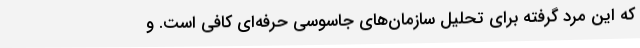
که این مرد گرفته برای تحلیل سازمان‌های جاسوسی حرفه‌ای کافی است. و